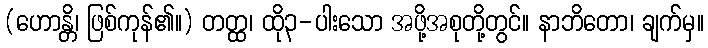
(ဟောန္တိ၊ ဖြစ်ကုန်၏။) တတ္ထ၊ ထို၃-ပါးသော အဖို့အစုတို့တွင်။ နာဘိတော၊ ချက်မှ။